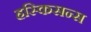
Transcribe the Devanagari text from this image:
हस्किसन्स